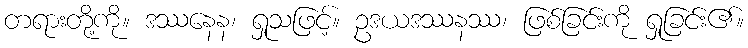
တရားတို့ကို။ ဒဿနေန၊ ရှုသဖြင့်။ ဥဒယဒဿနဿ၊ ဖြစ်ခြင်းကို ရှုခြင်း၏။